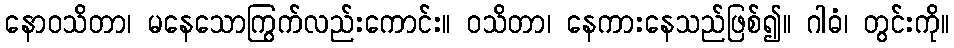
နောဝသိတာ၊ မနေသောကြွက်လည်းကောင်း။ ဝသိတာ၊ နေကားနေသည်ဖြစ်၍။ ဂါဓံ၊ တွင်းကို။